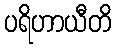
ပရိဟာယီတိ